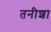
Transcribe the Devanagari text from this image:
तनीशा